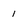
Character: 1